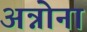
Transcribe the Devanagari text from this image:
अन्नोना